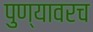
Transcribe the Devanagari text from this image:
पुण्यावरच